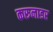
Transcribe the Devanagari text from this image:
करुनाडर